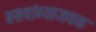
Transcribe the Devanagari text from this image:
बसथांब्याजवळ